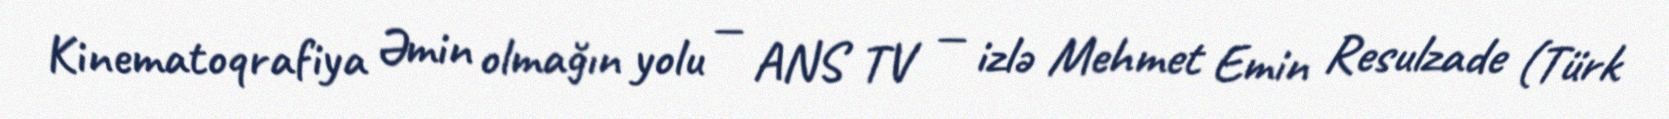
Kinematoqrafiya Əmin olmağın yolu — ANS TV — izlə Mehmet Emin Resulzade (Türk